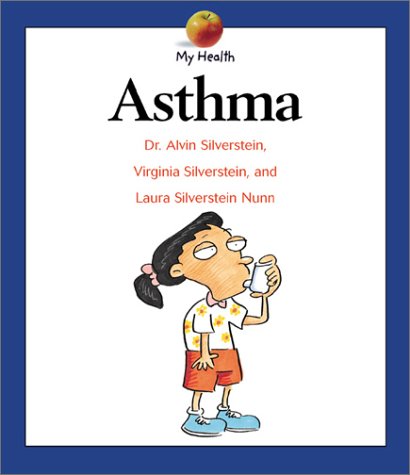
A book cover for Asthma: My Health; Alvin Silverstein; Health, Fitness & Dieting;